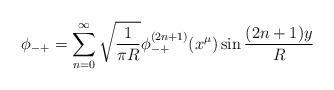
LaTeX: \begin{align*}\phi_{-+}=\sum^\infty_{n=0}\sqrt{\frac{1}{\pi R}}\phi^{(2n+1)}_{-+}(x^\mu)\sin\frac{(2n+1)y}{R}\end{align*}